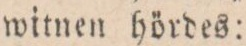
witnen hördes: